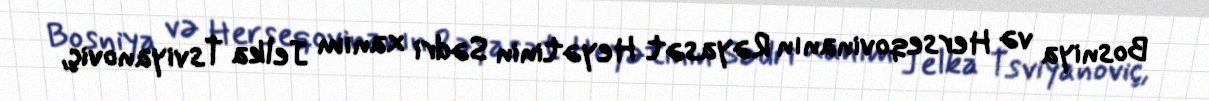
Bosniya və Herseqovinanın Rəyasət Heyətinin Sədri xanım Jelka Tsviyanoviç,